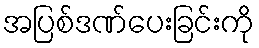
အပြစ်ဒဏ်ပေးခြင်းကို